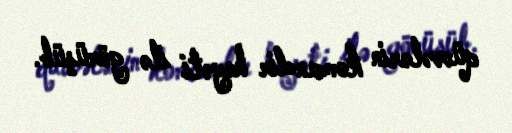
qüvvələrin komandir heyəti ilə görüşüb.